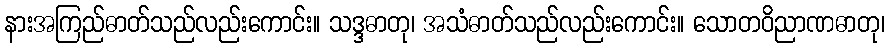
နားအကြည်ဓာတ်သည်လည်းကောင်း။ သဒ္ဒဓာတု၊ အသံဓာတ်သည်လည်းကောင်း။ သောတဝိညာဏဓာတု၊